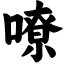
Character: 嘹